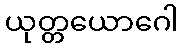
ယုတ္တယောဂေါ